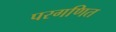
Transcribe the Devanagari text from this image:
परगणित